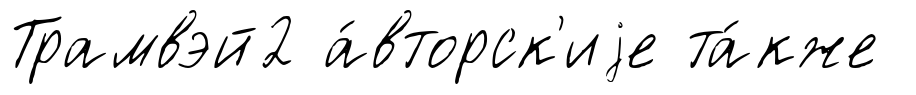
Трамвэй2 а́вторск'иjе та́кже